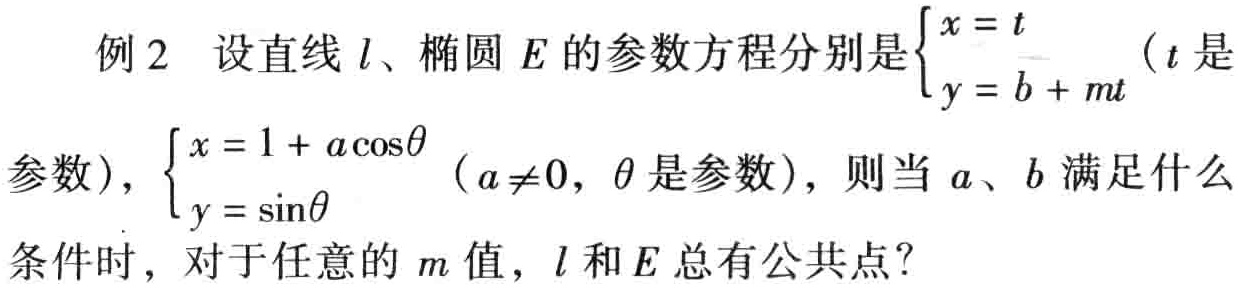
例2 设直线\(l\)、椭圆\(E\)的参数方程分别是\(\begin{cases}x = t \\ y = b + mt \end{cases}\) (\(t\)是
参数)，\(\begin{cases}x = 1 + a\cos\theta \\ y = \sin\theta \end{cases}\) (\(a\neq0\)，\(\theta\)是参数)，则当\(a\)、\(b\)满足什么
条件时，对于任意的\(m\)值，\(l\)和\(E\)总有公共点？